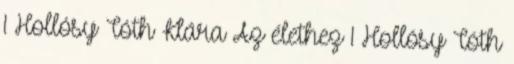
1 Hollósy Tóth Klára Az élethez 1 Hollósy Tóth